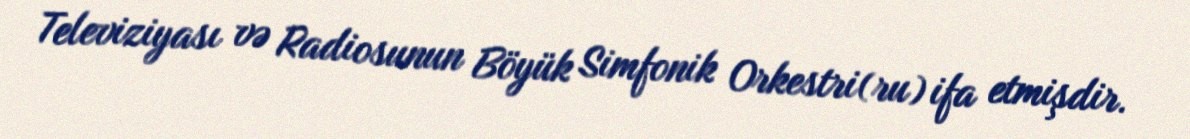
Televiziyası və Radiosunun Böyük Simfonik Orkestri(ru) ifa etmişdir.